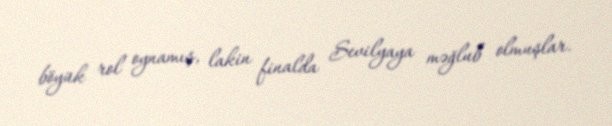
böyük rol oynamış, lakin finalda Sevilyaya məğlub olmuşlar.